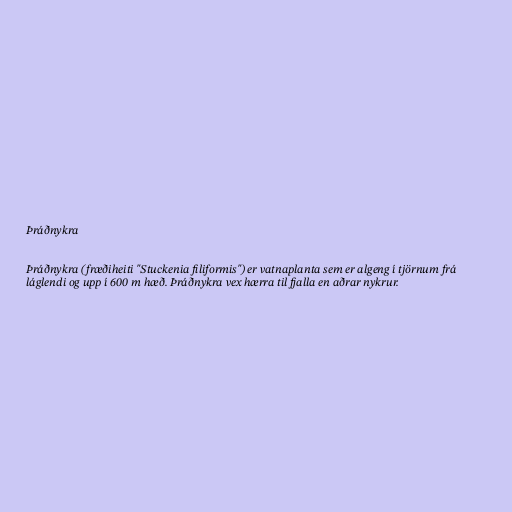
Þráðnykra

Þráðnykra (fræðiheiti "Stuckenia filiformis") er vatnaplanta sem er algeng í tjörnum frá
láglendi og upp í 600 m hæð. Þráðnykra vex hærra til fjalla en aðrar nykrur.